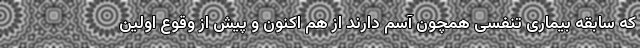
که سابقه بیماری تنفسی همچون آسم دارند از هم اکنون و پیش از وقوع اولین